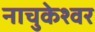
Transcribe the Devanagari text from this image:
नाचुकेश्वर